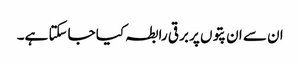
ان سے ان پتوں پر برقی رابطہ کیا جاسکتا ہے۔